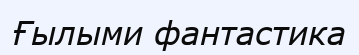
Ғылыми фантастика